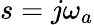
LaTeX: s=j\omega_{a}